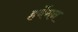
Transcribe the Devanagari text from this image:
हर्वेगन